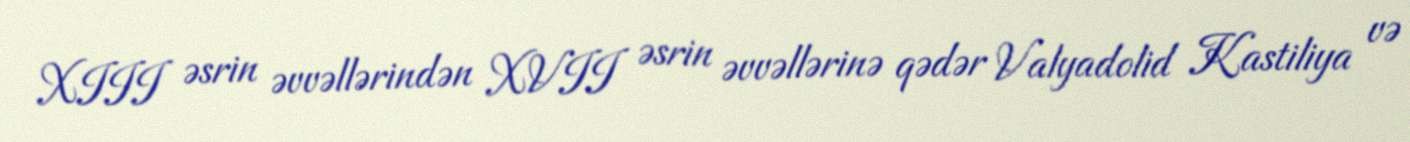
XIII əsrin əvvəllərindən XVII əsrin əvvəllərinə qədər Valyadolid Kastiliya və